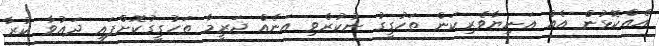
އެއްކޮޅުން އެއް އަނިޔާވެރިކަން ތަހުގީގު ނުކުރެވި އަނެއް ޖަރީމާ ތަހުގީގުކޮށްފައި ދައުވާ ކުރާ